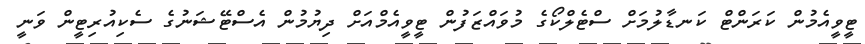
ޓީވީއެމުން ކަރަންޓް ކަނޑާލުމަށް ސްޓެލްކޯގެ މުވައްޒަފުން ޓީވީއެމްއަށް ދިޔުމުން އެސްޓޭޝަނުގެ ސެކިއުރިޓީން ވަނީ